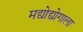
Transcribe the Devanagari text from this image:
मद्योद्योगाला